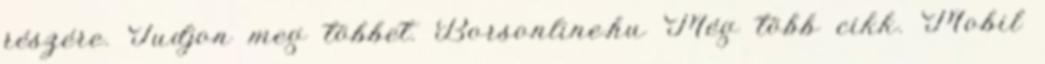
részére. Tudjon meg többet. Borsonline.hu Még több cikk. Mobil